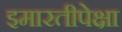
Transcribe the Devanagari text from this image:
इमारतीपेक्षा